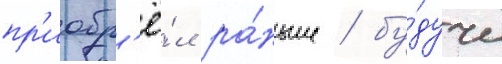
пр'иобр'ё́л ра́ньше / бу́дучи